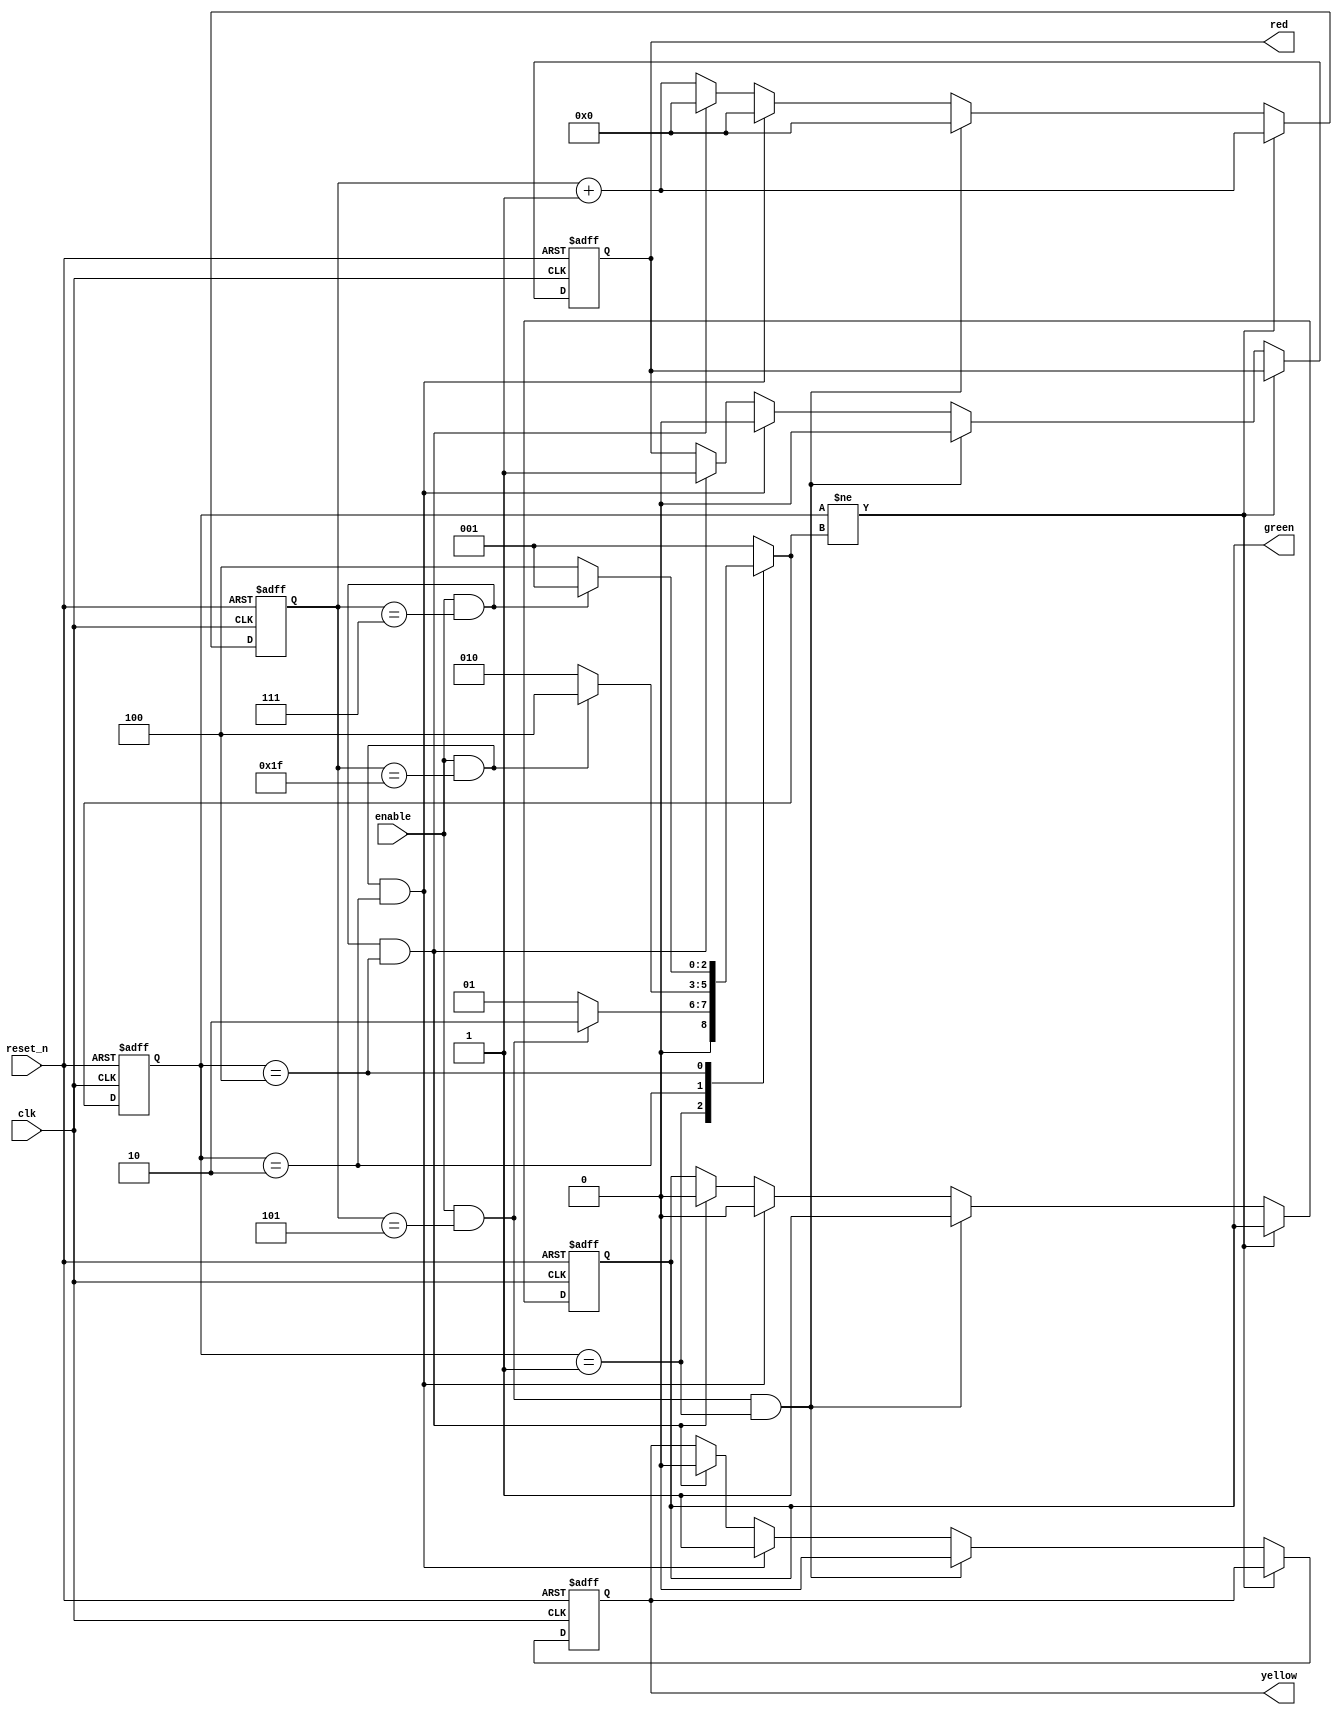
module TrafficLight (
  input wire clk,
  input wire reset_n,
  input wire enable,
  output reg red,
  output reg yellow,
  output reg green
);

  // State definition
  localparam S_RED = 3'b001;
  localparam S_GREEN = 3'b010;
  localparam S_YELLOW = 3'b100;

  reg [2:0] state, next_state;
  reg [4:0] counter;

  // State register
  always @(posedge clk or negedge reset_n) begin
    if (~reset_n)
      state <= S_RED;
    else
      state <= next_state;
  end

  // Next-state logic
  always @(state, counter, enable) begin
    case (state)
      S_RED:
        if (enable && (counter == 5))
          next_state = S_GREEN;
        else
          next_state = S_RED;
      S_GREEN:
        if (enable && (counter == 31))
          next_state = S_YELLOW;
        else
          next_state = S_GREEN;
      S_YELLOW:
        if (enable && (counter == 7))
          next_state = S_RED;
        else
          next_state = S_YELLOW;
      default:
        next_state = S_RED;
    endcase
  end

  // Counter and output logic
  always @(posedge clk or negedge reset_n) begin
    if (~reset_n) begin
      counter <= 0;
      red <= 1'b1;
      yellow <= 1'b0;
      green <= 1'b0;
    end
    else if (state != next_state) begin
      counter <= counter + 1;
      red <= red;
      yellow <= yellow;
      green <= green;
    end
    else if (enable && (counter == 5) && (state == S_RED)) begin
      counter <= 0;
      red <= 1'b0;
      yellow <= 1'b0;
      green <= 1'b1;
    end
    else if (enable && (counter == 31) && (state == S_GREEN)) begin
      counter <= 0;
      red <= 1'b0;
      yellow <= 1'b1;
      green <= 1'b0;
    end
    else if (enable && (counter == 7) && (state == S_YELLOW)) begin
      counter <= 0;
      red <= 1'b1;
      yellow <= 1'b0;
      green <= 1'b0;
    end
    else begin
      counter <= counter + 1;
      red <= red;
      yellow <= yellow;
      green <= green;
    end
  end

endmodule